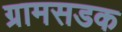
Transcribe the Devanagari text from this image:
ग्रामसडक